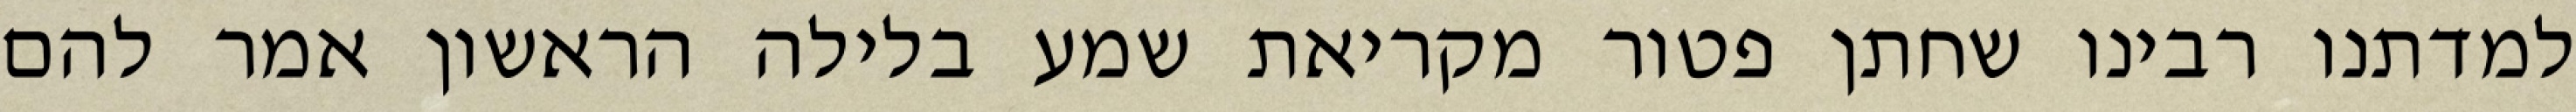
למדתנו רבינו שחתן פטור מקריאת שמע בלילה הראשון אמר להם